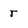
Character: T